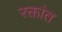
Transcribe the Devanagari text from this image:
रक्तांत